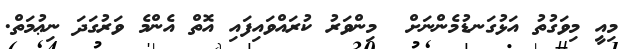
މިއީ މިވަގުތު އަޅުގަނޑުމެންނަށް  މިންވަރު ކުރައްވައިފައި އޮތް އެންމެ ވަރުގަދަ ނިޢުމަތް.